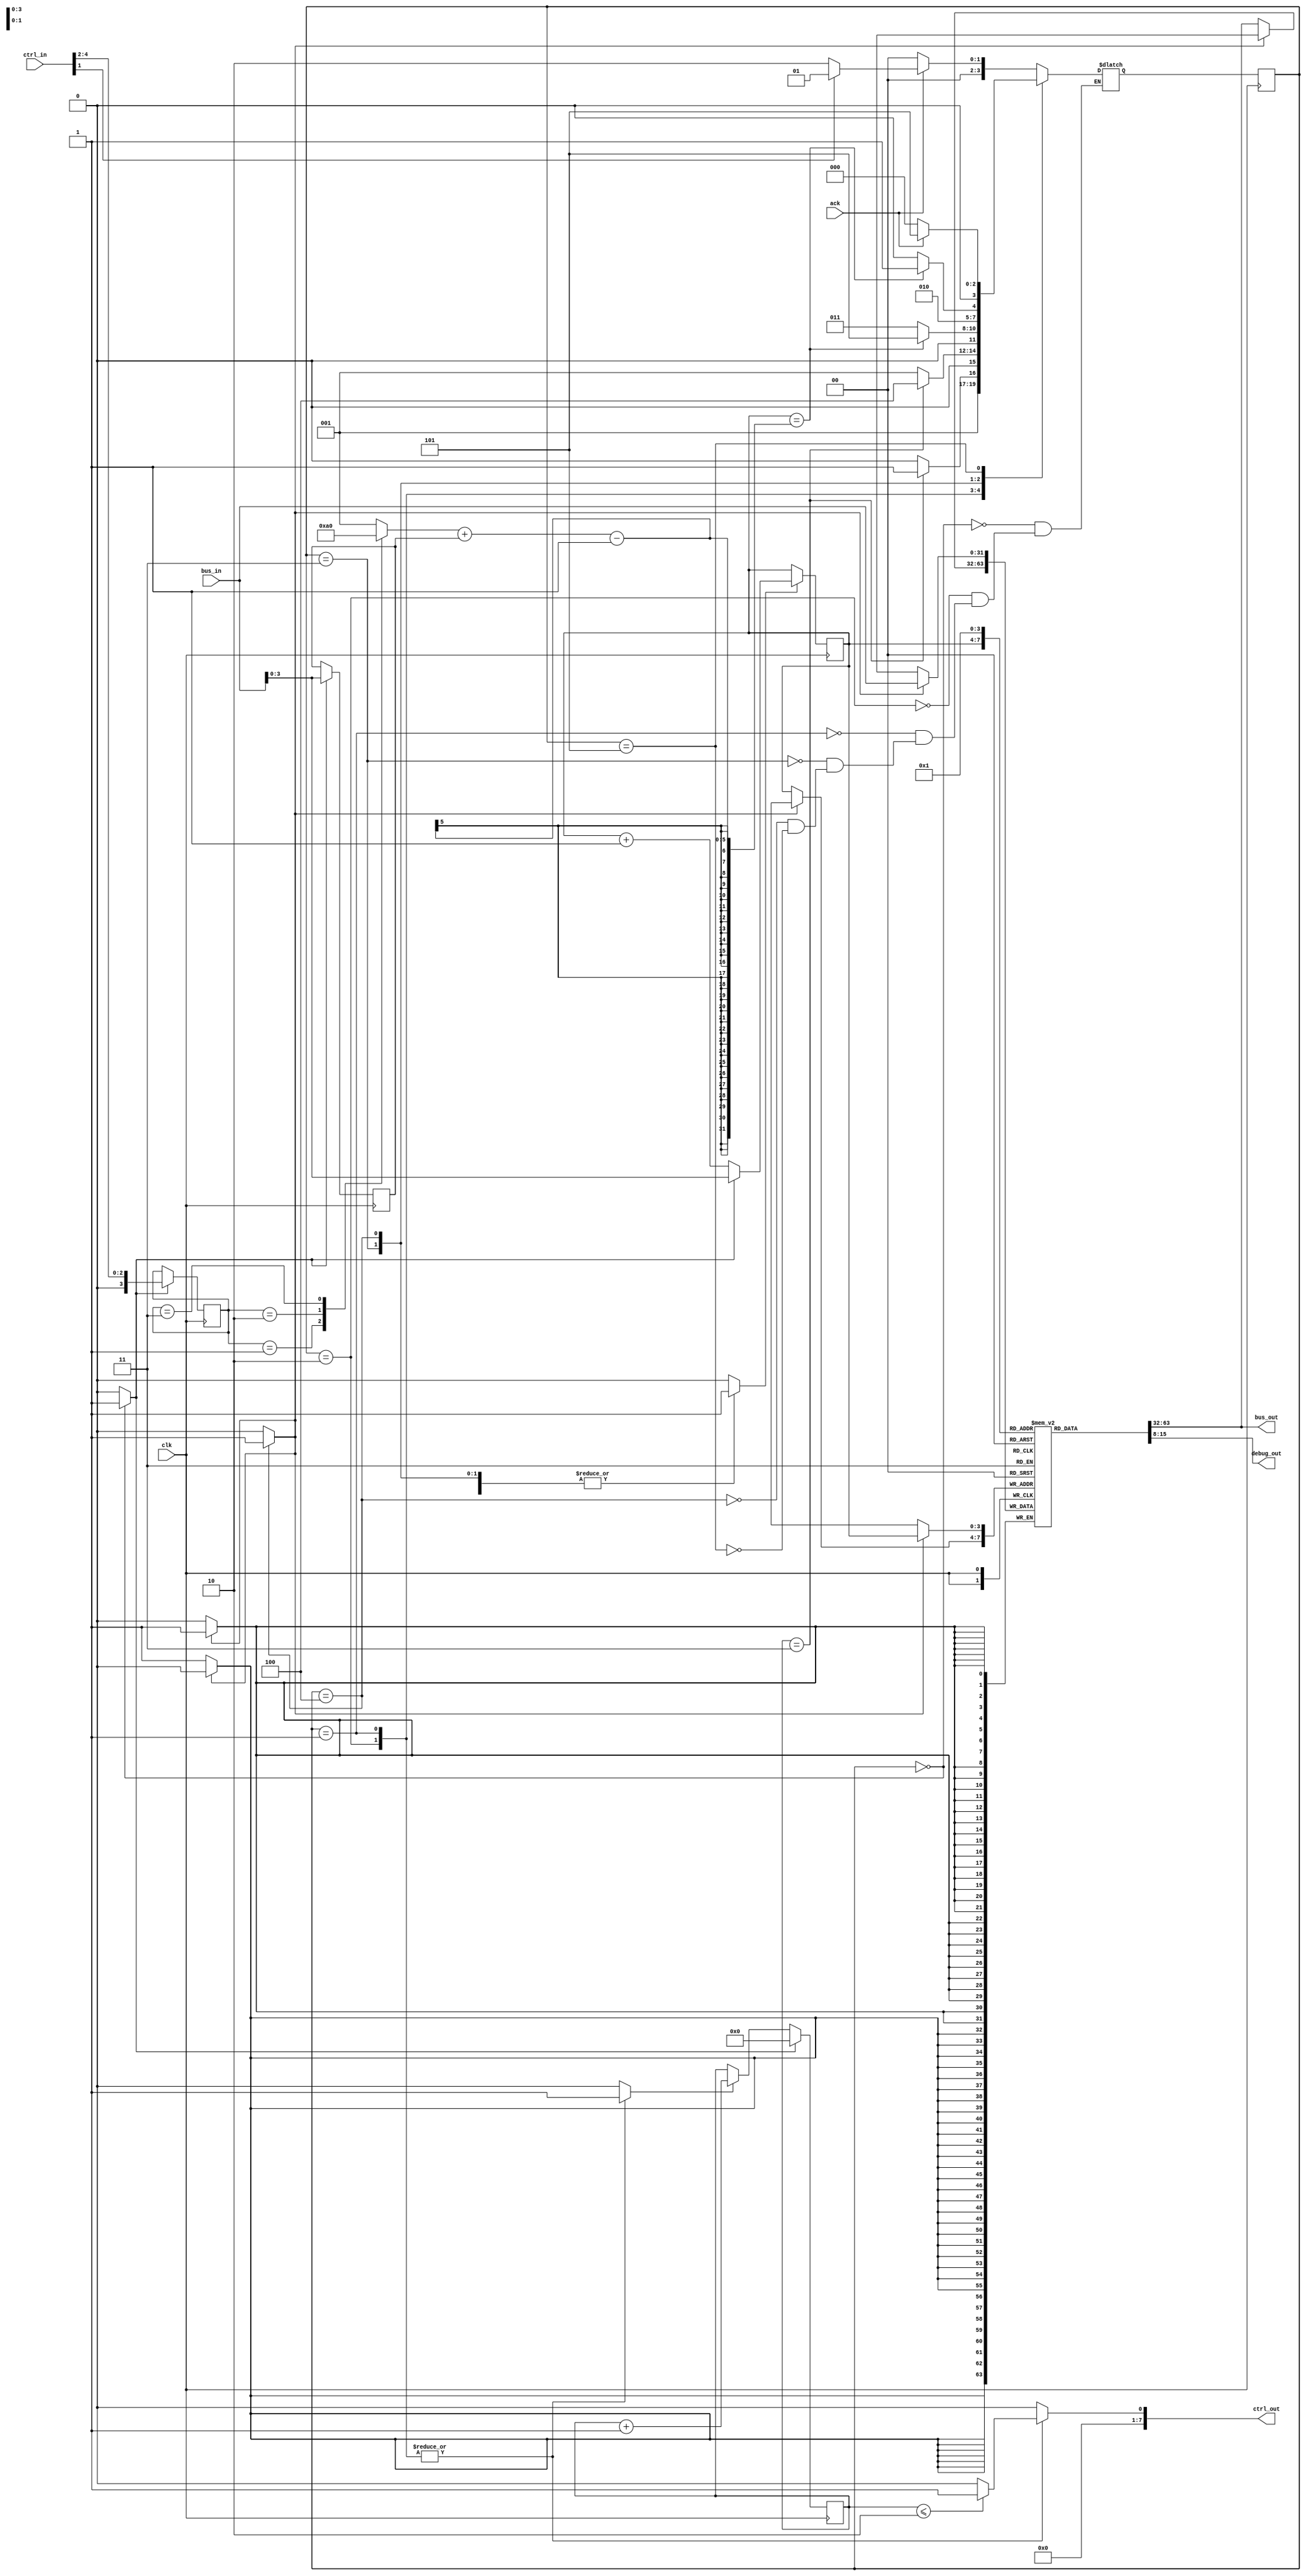
module tb_test_slave #(parameter BUS_WIDTH = 32,
                     parameter CTRL_WIDTH = 8)
                    (input [BUS_WIDTH-1:0] bus_in,
                     input ack,
                     input clk,
                     output [BUS_WIDTH-1:0] bus_out,
                     input [CTRL_WIDTH-1:0] ctrl_in,
                     output [CTRL_WIDTH-1:0] ctrl_out,
                     output [7:0] debug_out);
                     
reg [3:0] currentState;
reg [3:0] nextState;

parameter LATENCY = 4;

parameter STATE_WAIT_FOR_ACK = 0;
parameter STATE_WRITE_WAIT = 1;
parameter STATE_READ_WAIT = 2;
parameter STATE_READ_DATA = 3;
parameter STATE_WRITE_DATA = 4;
parameter STATE_FINISH = 5;

wire we;
assign we = ctrl_in[1];

reg wait_out;
assign ctrl_out = {7'b0,
                   wait_out
                  };

reg [3:0] burst_length;

reg [3:0] counter;
reg [3:0] latencyCounter;

reg [31:0] data [15:0];
reg data_we;

initial begin
    currentState <= 0;
    nextState <= 0;
    counter <= 0;
    
    data[0] = 1;
end

always@(posedge clk) begin
    currentState <= nextState;
end

reg latency_counter_en;
reg counter_en;

//counters
reg addr_write;
always@(posedge clk) begin
    if (counter_en) begin
        if (addr_write) begin
            counter <= bus_in;
        end
        else begin
            counter <= counter + 1;
        end
    end
    else begin
        counter <= counter;
    end
end

reg [3:0] starting_addr;
always@(posedge clk) begin
    if (addr_write) begin
        starting_addr <= bus_in;
    end
end

reg latency_counter_reset;
always@(posedge clk) begin
    if (latency_counter_reset) begin
        latencyCounter <= 0;
    end
    else begin
        if (latency_counter_en) begin
            latencyCounter <= latencyCounter + 1;
        end
        else begin
            latencyCounter <= latencyCounter;
        end
    end
end

reg burst_write;
always@(posedge clk) begin
    if (burst_write) begin
        burst_length <= ctrl_in[4:2];
    end
    else begin
        burst_length <= burst_length;
    end
end

reg[2:0] burst_length_bcd;
always@(*) begin
    case (burst_length)
        3'b000: burst_length_bcd = 1;
        3'b001: burst_length_bcd = 2;
        3'b010: burst_length_bcd = 4;
        3'b011: burst_length_bcd = 8;
        default: burst_length_bcd = 1;
    endcase
end

//Data R/W
assign bus_out = data[counter];
assign debug_out = data[1][15:8];

always@(posedge clk) begin
    if (data_we) begin
        data[counter] <= bus_in;
    end
    else begin
        data[counter] <= data[counter];
    end
end

// Outputs
always@(*) begin
    case (currentState)
        STATE_WAIT_FOR_ACK: begin
            addr_write <= 1;
            burst_write <= 1;
            latency_counter_en <= 0;
            latency_counter_reset <= 1;
            counter_en <= 1;
            wait_out <= 0;
            data_we <= 0;
        end
        STATE_READ_WAIT: begin
            addr_write <= 0;
            burst_write <= 0;
            latency_counter_en <= 1;
            latency_counter_reset <= 0;
            counter_en <= 0;
            data_we <= 0;
            
            if (latencyCounter <= LATENCY - 2) begin
                wait_out <= 1;
            end
            else begin
                wait_out <= 0;
            end
        end
        STATE_WRITE_WAIT: begin
            addr_write <= 0;
            burst_write <= 0;
            latency_counter_en <= 1;
            latency_counter_reset <= 0;
            counter_en <= 0;
            data_we <= 0;
            
            if (latencyCounter <= LATENCY - 2) begin
                wait_out <= 1;
            end
            else begin
                wait_out <= 0;
            end
        end
        STATE_READ_DATA: begin
            addr_write <= 0;
            burst_write <= 0;
            counter_en <= 1;
            latency_counter_en <= 0;
            latency_counter_reset <= 0;
            wait_out <= 0;
            data_we <= 0;
        end
        STATE_WRITE_DATA: begin
            addr_write <= 0;
            burst_write <= 0;
            counter_en <= 1;
            latency_counter_en <= 0;
            latency_counter_reset <= 0;
            wait_out <= 0;
            data_we <= 1;
        end
        STATE_FINISH: begin
            addr_write <= 0;
            burst_write <= 0;
            latency_counter_en <= 0;
            latency_counter_reset <= 0;
            counter_en <= 0;
            wait_out <= 0;
            data_we <= 0;
        end
        default: begin
            addr_write <= 0;
            burst_write <= 0;
            latency_counter_en <= 0;
            latency_counter_reset <= 0;
            counter_en <= 0;
            wait_out <= 0;
            data_we <= 0;
        end
    endcase
end

// next state logic
always@(*) begin
    case (currentState)
        STATE_WAIT_FOR_ACK: begin
            if (ack) begin
                if (we) begin
                    nextState <= STATE_WRITE_WAIT;
                end
                else begin
                    nextState <= STATE_READ_WAIT;
                end
            end
            else begin
                nextState <= STATE_WAIT_FOR_ACK;
            end
        end
        STATE_READ_WAIT: begin
            if (latencyCounter == LATENCY - 1) begin
                nextState <= STATE_READ_DATA;
            end
            else begin
                nextState <= STATE_READ_WAIT;
            end
        end
        STATE_WRITE_WAIT: begin
            if (latencyCounter == LATENCY- 1) begin
                nextState <= STATE_WRITE_DATA;
            end 
            else begin
                nextState <= STATE_WRITE_WAIT;
            end
        end
        STATE_READ_DATA: begin
            if (counter == burst_length_bcd + starting_addr - 1) begin
                nextState <= STATE_FINISH;
            end
            else begin
                nextState <= STATE_READ_DATA;
            end
        end
        STATE_WRITE_DATA: begin
            if (counter == burst_length_bcd + starting_addr - 1) begin
                nextState <= STATE_FINISH;
            end
            else begin
                nextState <= STATE_WRITE_DATA;
            end
        end
        STATE_FINISH: begin
            if (ack) begin
                nextState <= STATE_FINISH;
            end
            else begin
                nextState <= STATE_WAIT_FOR_ACK;
            end
        end
    endcase
end

endmodule